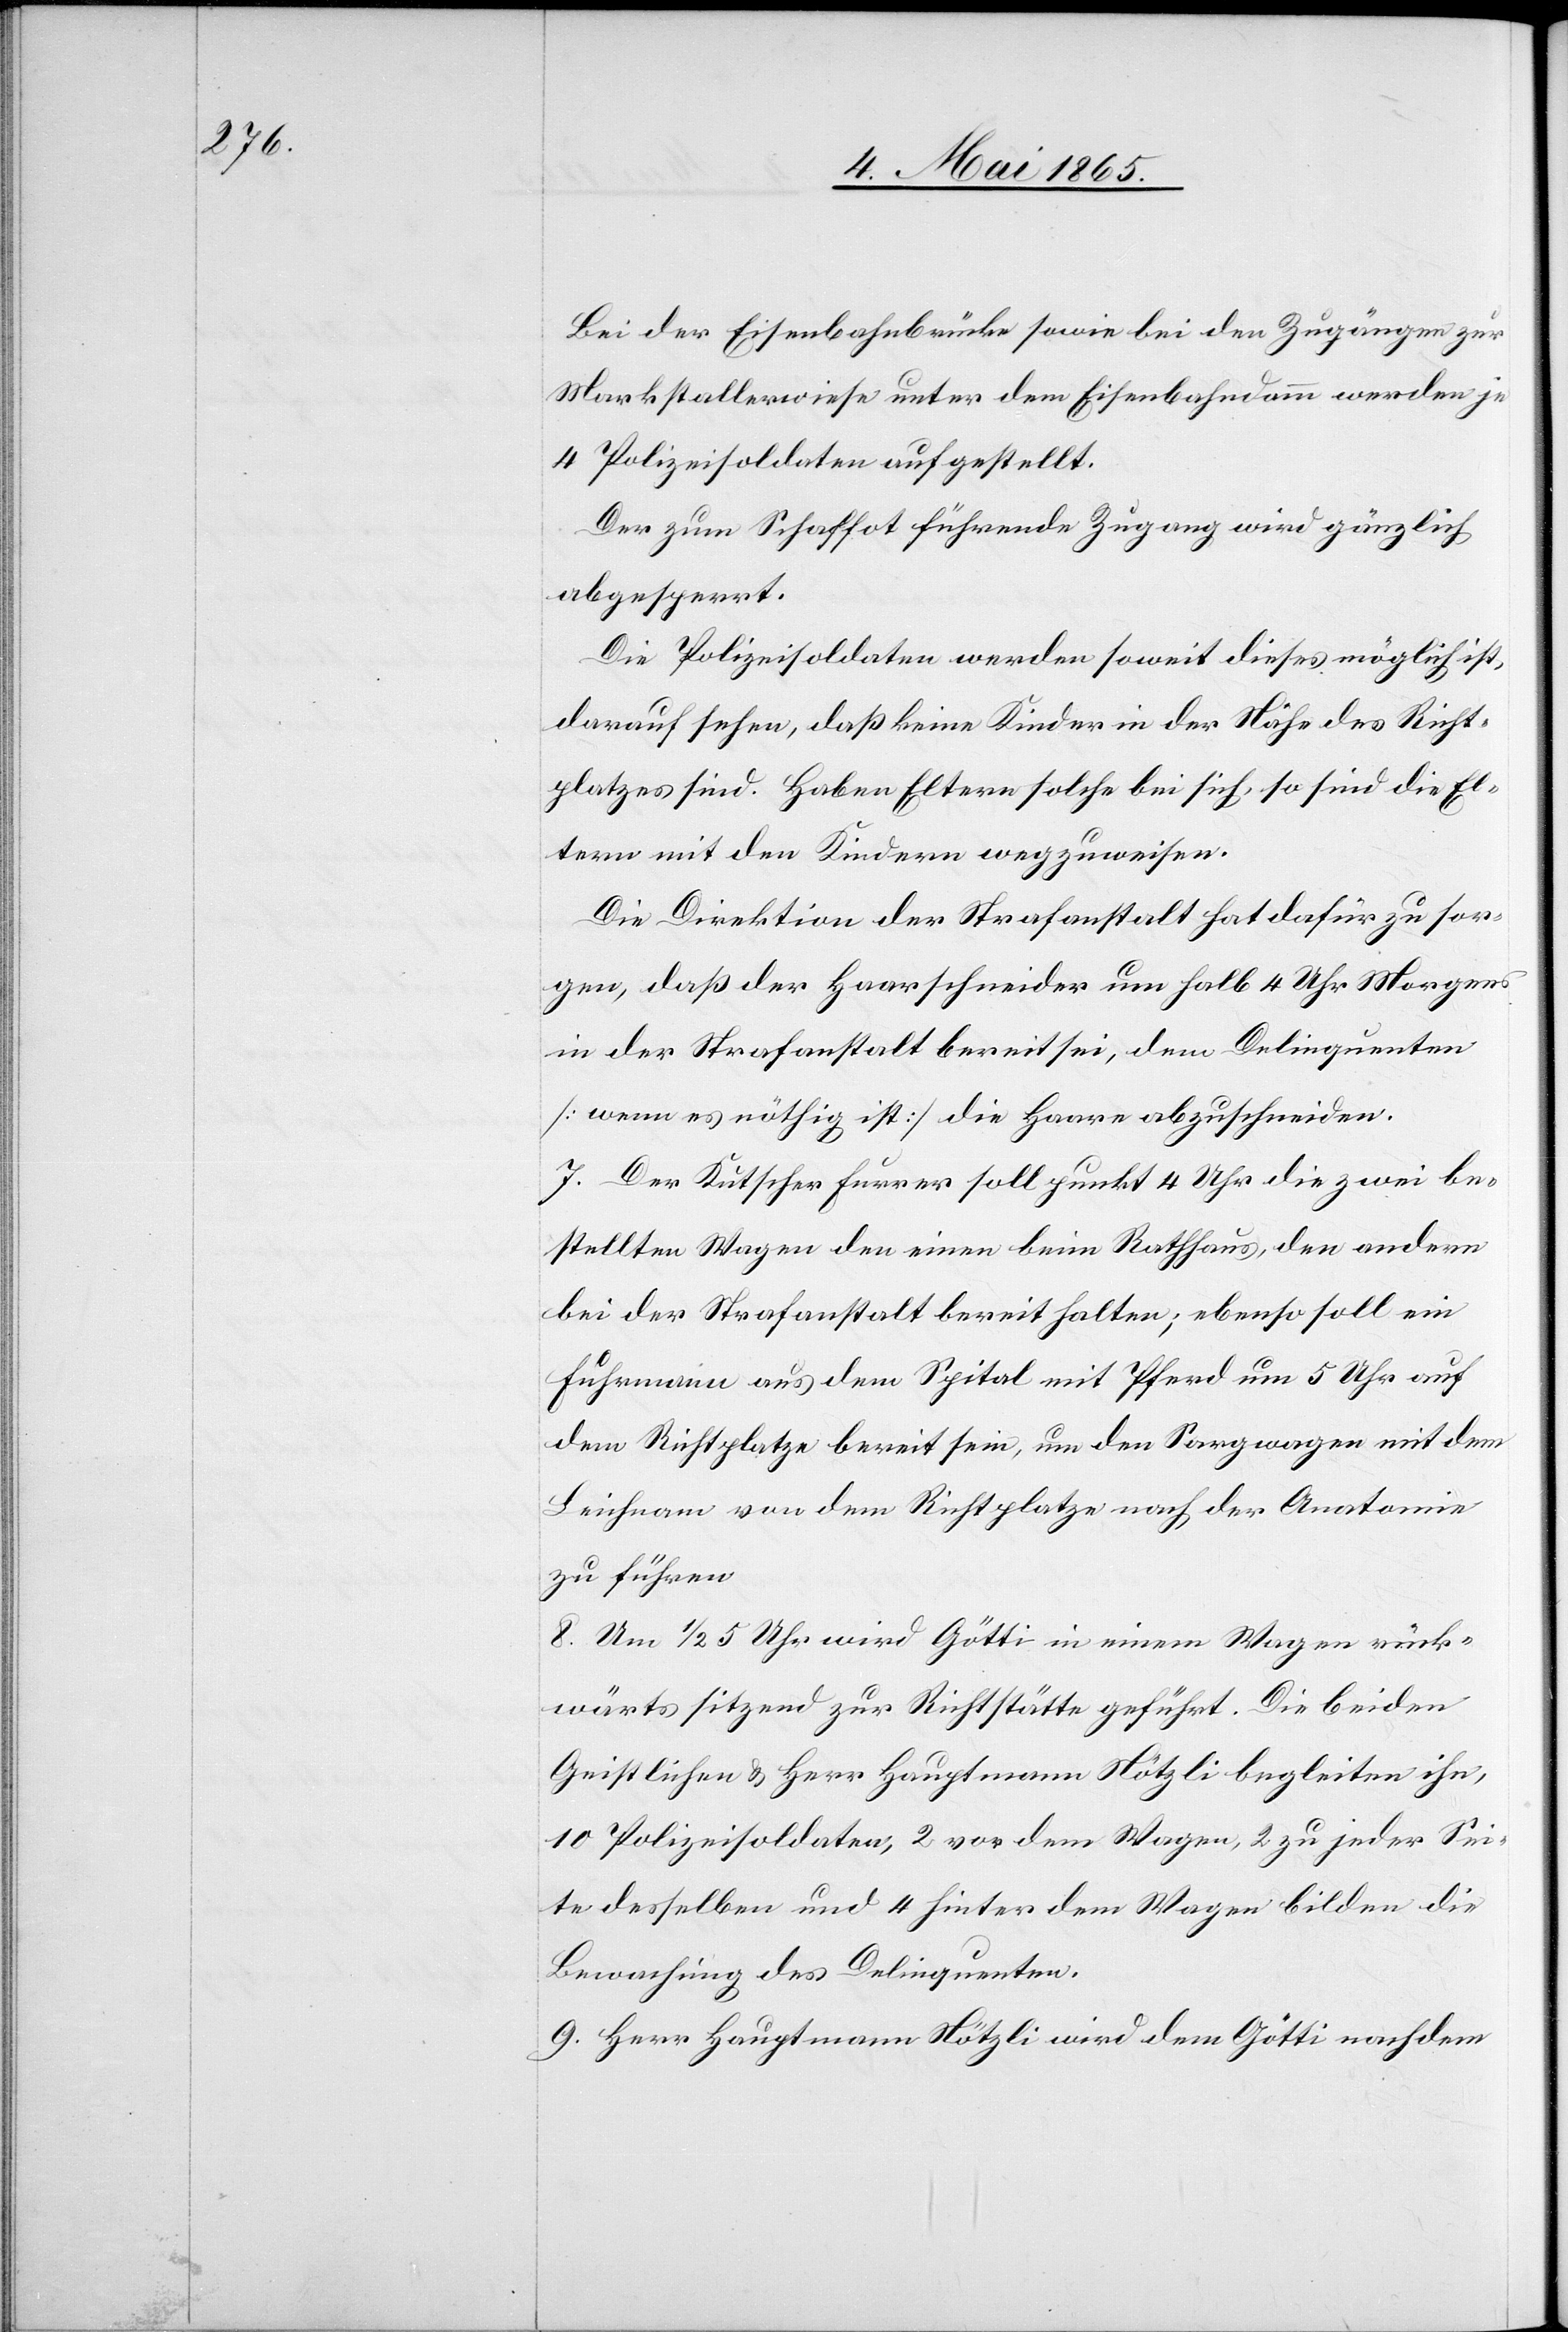
Bei der Eisenbahnbrücke sowie bei den Zugängen zur
Markstallerwiese unter dem Eisenbahndamm werden je
4 Polizeisoldaten aufgestellt.
Der zum Schaffot führende Zugang wird gänzlich
abgesperrt.
Die Polizeisoldaten werden soweit dieses möglich ist,
darauf sehen, daß keine Kinder in der Nähe des Richt¬
platzes sind. Haben Eltern solche bei sich, so sind die El¬
tern mit den Kindern wegzuweisen.
Die Direktion der Strafanstalt hat dafür zu sor¬
gen, daß der Haarschneider um halb 4 Uhr Morgens
in der Strafanstalt bereit sei, dem Delinquenten
[wenn es nöthig ist] die Haare abzuschneiden.
7. Der Kutscher Furrer soll punkt 4 Uhr die zwei be¬
stellten Wagen den einen beim Rathhaus, den andern
bei der Strafanstalt bereit halten; ebenso soll ein
Fuhrmann aus dem Spital mit Pferd um 5 Uhr auf
dem Richtplatze bereit sein, um den Sargwagen mit dem
Leichnam von dem Richtplatze nach der Anatomie
zu führen.
8. Um ½ 5 Uhr wird Götti in einem Wagen rück¬
wärts sitzend zur Richtstätte geführt. Die beiden
Geistlichen & Herr Hauptmann Nötzli begleiten ihn,
10 Polizeisoldaten, 2 vor dem Wagen, 2 zu jeder Sei¬
te desselben und 4 hinter dem Wagen bilden die
Bewachung des Delinquenten.
9. Herr Hauptmann Nötzli wird dem Götti nachdem